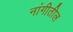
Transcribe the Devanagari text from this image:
नांगीतील